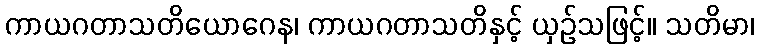
ကာယဂတာသတိယောဂေန၊ ကာယဂတာသတိနှင့် ယှဉ်သဖြင့်။ သတိမာ၊